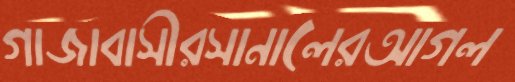
গাজাবাসীরসানালেরআগল